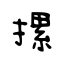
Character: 摞